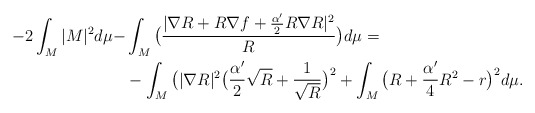
\begin{align*}-2\int_M|M|^2d\mu-&\int_M\big(\frac{|\nabla R+R\nabla f+\frac{\alpha'}{2}R\nabla R|^2}{R}\big)d\mu=\\&-\int_M\big(|\nabla R|^2\big(\frac{\alpha'}{2}\sqrt{R}+\frac{1}{\sqrt{R}}\big)^2+\int_M\big(R+\frac{\alpha'}{4}R^2-r\big)^2d\mu.\end{align*}